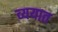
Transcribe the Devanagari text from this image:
व्ययात